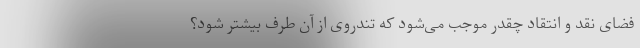
فضای نقد و انتقاد چقدر موجب می‌شود که تندروی از آن طرف بیشتر شود؟